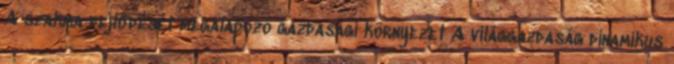
A szakma fejlődését megalapozó gazdasági környezet A világgazdaság dinamikus